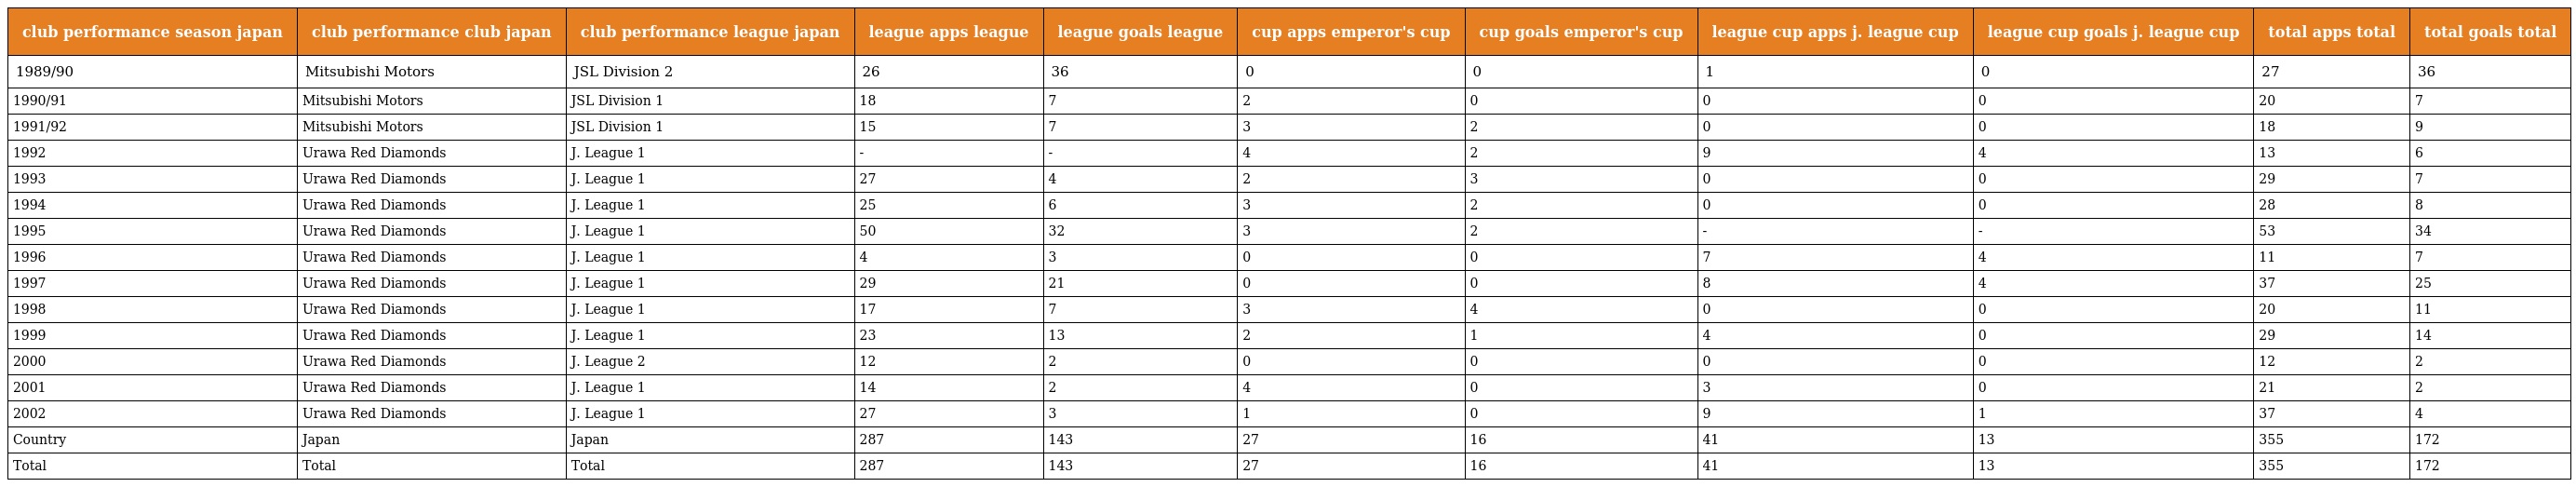
| club performance season japan | club performance club japan | club performance league japan | league apps league | league goals league | cup apps emperor's cup | cup goals emperor's cup | league cup apps j. league cup | league cup goals j. league cup | total apps total | total goals total |
 | --- | --- | --- | --- | --- | --- | --- | --- | --- | --- | --- |
 | 1989/90 | Mitsubishi Motors | JSL Division 2 | 26 | 36 | 0 | 0 | 1 | 0 | 27 | 36 |
 | 1990/91 | Mitsubishi Motors | JSL Division 1 | 18 | 7 | 2 | 0 | 0 | 0 | 20 | 7 |
 | 1991/92 | Mitsubishi Motors | JSL Division 1 | 15 | 7 | 3 | 2 | 0 | 0 | 18 | 9 |
 | 1992 | Urawa Red Diamonds | J. League 1 | - | - | 4 | 2 | 9 | 4 | 13 | 6 |
 | 1993 | Urawa Red Diamonds | J. League 1 | 27 | 4 | 2 | 3 | 0 | 0 | 29 | 7 |
 | 1994 | Urawa Red Diamonds | J. League 1 | 25 | 6 | 3 | 2 | 0 | 0 | 28 | 8 |
 | 1995 | Urawa Red Diamonds | J. League 1 | 50 | 32 | 3 | 2 | - | - | 53 | 34 |
 | 1996 | Urawa Red Diamonds | J. League 1 | 4 | 3 | 0 | 0 | 7 | 4 | 11 | 7 |
 | 1997 | Urawa Red Diamonds | J. League 1 | 29 | 21 | 0 | 0 | 8 | 4 | 37 | 25 |
 | 1998 | Urawa Red Diamonds | J. League 1 | 17 | 7 | 3 | 4 | 0 | 0 | 20 | 11 |
 | 1999 | Urawa Red Diamonds | J. League 1 | 23 | 13 | 2 | 1 | 4 | 0 | 29 | 14 |
 | 2000 | Urawa Red Diamonds | J. League 2 | 12 | 2 | 0 | 0 | 0 | 0 | 12 | 2 |
 | 2001 | Urawa Red Diamonds | J. League 1 | 14 | 2 | 4 | 0 | 3 | 0 | 21 | 2 |
 | 2002 | Urawa Red Diamonds | J. League 1 | 27 | 3 | 1 | 0 | 9 | 1 | 37 | 4 |
 | Country | Japan | Japan | 287 | 143 | 27 | 16 | 41 | 13 | 355 | 172 |
 | Total | Total | Total | 287 | 143 | 27 | 16 | 41 | 13 | 355 | 172 |